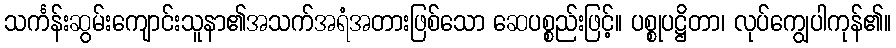
သင်္ကန်းဆွမ်းကျောင်းသူနာ၏အသက်အရံအတားဖြစ်သော ဆေပစ္စည်းဖြင့်။ ပစ္စုပဋ္ဌိတာ၊ လုပ်ကျွေပါကုန်၏။